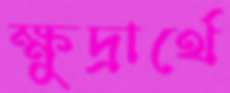
ক্ষুদ্রার্থে